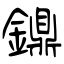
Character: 鐤